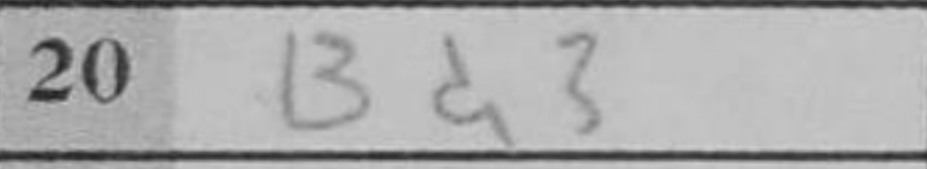
Transcription: Bd3